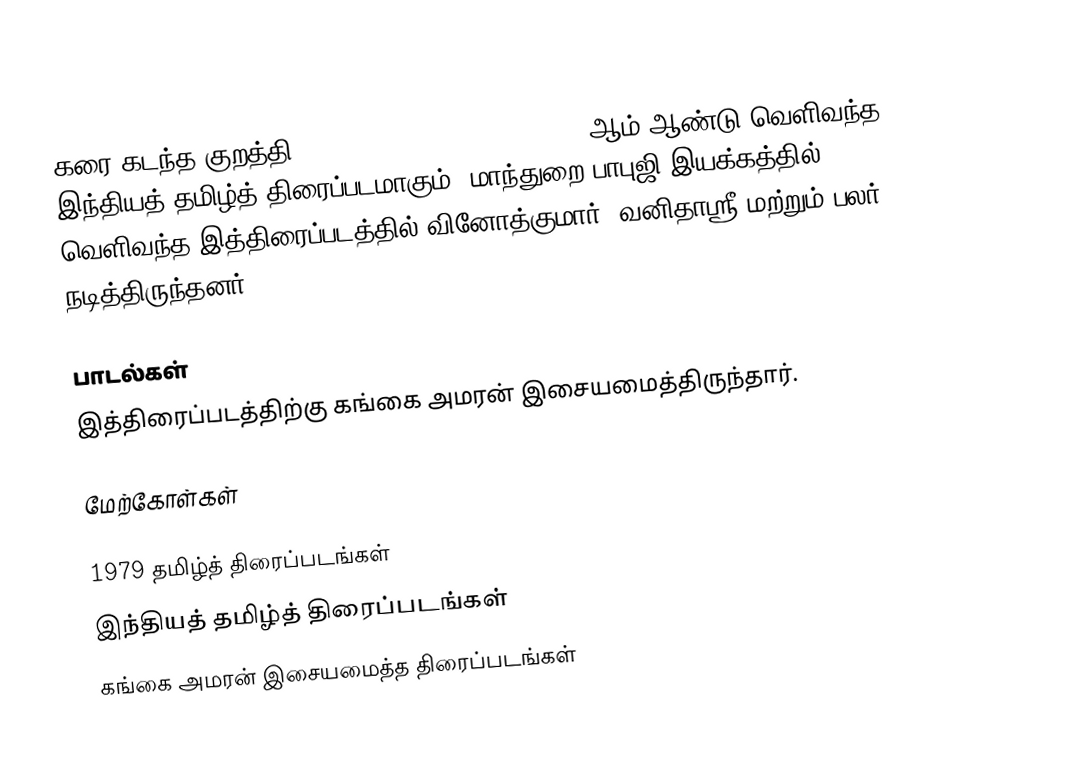
கரை கடந்த குறத்தி (Karai Kadantha Oruthi) 1979 ஆம் ஆண்டு வெளிவந்த இந்தியத் தமிழ்த் திரைப்படமாகும். மாந்துறை பாபுஜி இயக்கத்தில் வெளிவந்த இத்திரைப்படத்தில் வினோத்குமார், வனிதாஸ்ரீ மற்றும் பலர் நடித்திருந்தனர்.

பாடல்கள்
இத்திரைப்படத்திற்கு கங்கை அமரன் இசையமைத்திருந்தார்.

மேற்கோள்கள்

1979 தமிழ்த் திரைப்படங்கள்
இந்தியத் தமிழ்த் திரைப்படங்கள்
கங்கை அமரன் இசையமைத்த திரைப்படங்கள்